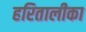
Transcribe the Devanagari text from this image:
हरितालीका